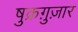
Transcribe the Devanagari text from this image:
षुक्रग़ुज़ार